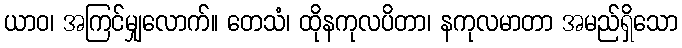
ယာဝ၊ အကြင်မျှလောက်။ တေသံ၊ ထိုနကုလပိတာ၊ နကုလမာတာ အမည်ရှိသော